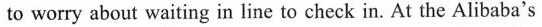
to worry about waiting in line to check in. At the Alibaba's